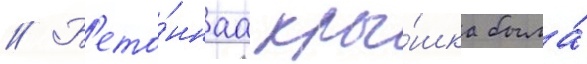
// Б'ето́ннаа кры́шка была́